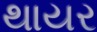
થાયર